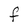
Character: F